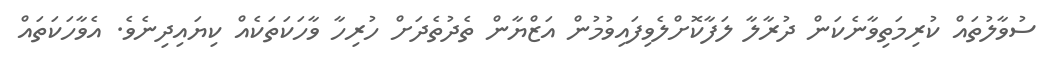
ސުވާލުތައް ކުރިމަތިވާނެކަން ދުރާލާ ލަފާކޮށްލެވިފައިވުމުން އަޒްޔާން ތެދުތެދަށް ހުރިހާ ވާހަކަތަކެއް ކިޔައިދިނެވެ. އެވާހަކަތައް